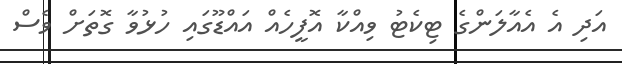
އަދި އެ އެއާލަންގެ ޓިކެޓު ވިއްކާ އޮފީހެއް އައްޑޫގައި ހުޅުވާ ގޮތަށް ވެސް